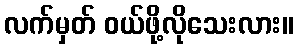
လက်မှတ် ဝယ်ဖို့လိုသေးလား။